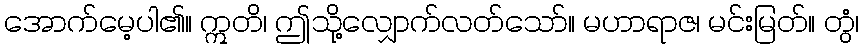
အောက်မေ့ပါ၏။ ဣတိ၊ ဤသို့လျှောက်လတ်သော်။ မဟာရာဇ၊ မင်းမြတ်။ တွံ၊